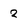
Character: 2